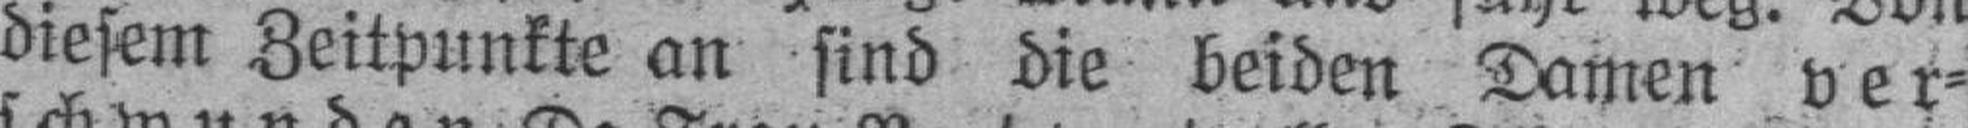
diesem Zeitpunkte an sind die beiden Damen ver¬